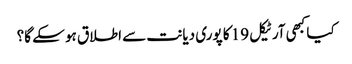
کیا کبھی آرٹیکل 19 کا پوری دیانت سے اطلاق ہو سکے گا؟